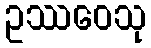
ဥဿဝေသု